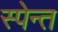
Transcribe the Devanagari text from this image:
स्पेन्त